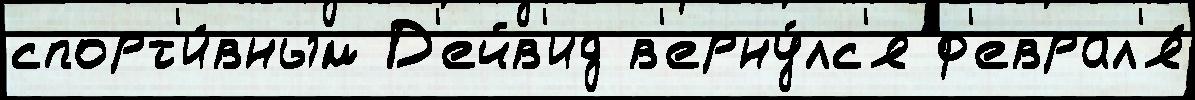
спорт'и́вным Д'ейв'ид в'ерну́лс'я ф'еврал'я́